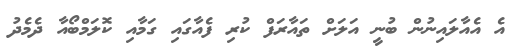
އެ އެއާލައިނުން ބުނީ އަލަށް ތައާރަފް ކުރި ފެއާގައި ގަމާއި ކޮލަމްބޯއާ ދެމެދު